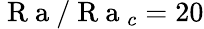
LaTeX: \mathrm{~R~a~}/\mathrm{~R~a~}_{c}=20